Malaria in the Punjab - Number 46
Disease focus: Malaria
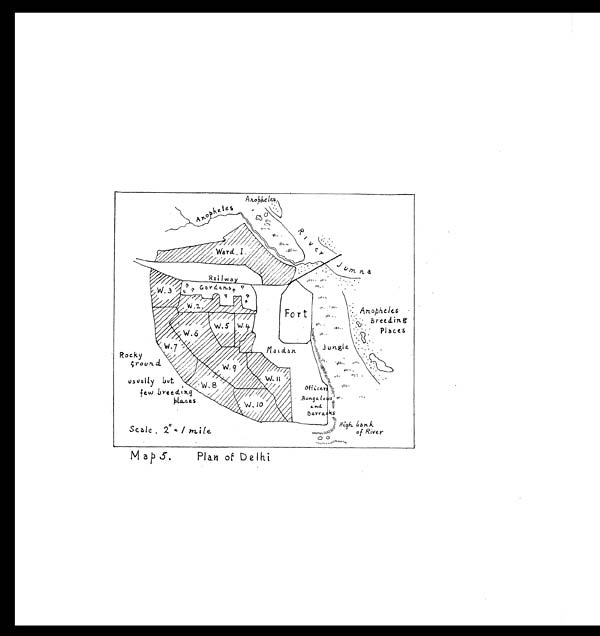
Map 5. Plan of Delhi